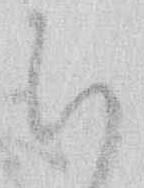
ち